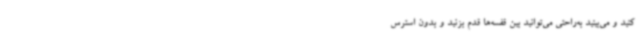
کنید و می‌بینید به‌راحتی می‌توانید بین قفسه‌ها قدم بزنید و بدون استرس